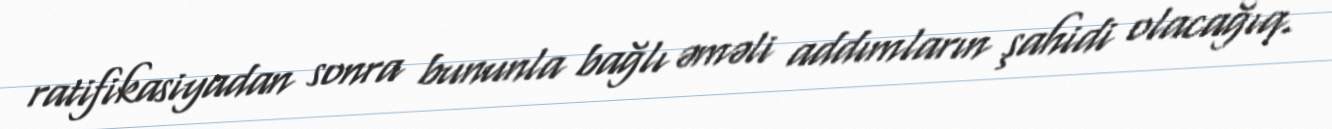
ratifikasiyadan sonra bununla bağlı əməli addımların şahidi olacağıq.